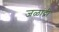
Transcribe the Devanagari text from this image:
जळांद्री